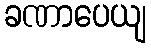
ခဏာပေယျ